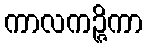
ကာလကဉ္ဇိကာ